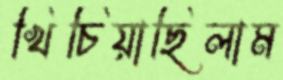
খিঁচিয়াছিলাম